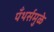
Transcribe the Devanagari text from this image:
पँथर्समुळे